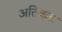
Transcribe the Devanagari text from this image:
अतिकूट